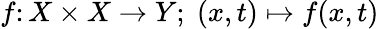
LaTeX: f\colon X\times X\to Y;\; (x,t)\mapsto f(x,t)